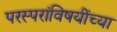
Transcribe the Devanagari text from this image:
परस्परांविषयींच्या